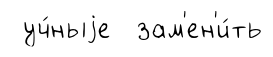
уч́ныjе зам'ен'и́ть